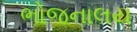
ભોજનાલય